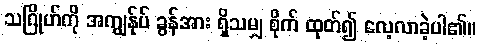
သဂြိုဟ်ကို အကျွန်ုပ် ခွန်အား ရှိသမျှ စိုက် ထုတ်၍ လေ့လာခဲ့ပါ၏။